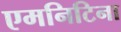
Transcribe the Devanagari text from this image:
एमनिटिना